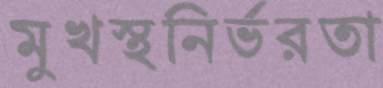
মুখস্থনির্ভরতা